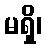
မရှိ၊